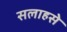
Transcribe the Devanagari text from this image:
सलाहसे